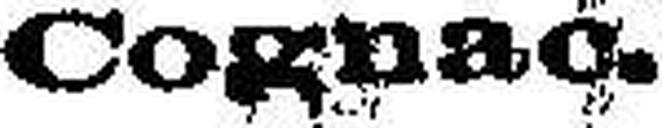
Cognac.